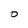
Character: D